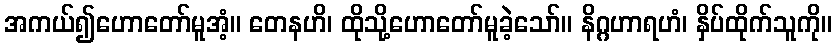
အကယ်၍ဟောတော်မူအံ့။ တေနဟိ၊ ထိုသို့ဟောတော်မူခဲ့သော်။ နိဂ္ဂဟာရဟံ၊ နှိပ်ထိုက်သူကို။